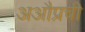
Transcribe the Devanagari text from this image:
अऔप्रची